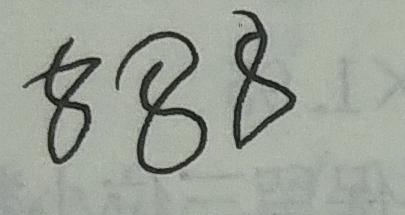
8 8 8